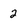
Character: 2